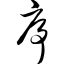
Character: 序